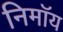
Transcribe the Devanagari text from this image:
निमाॅय